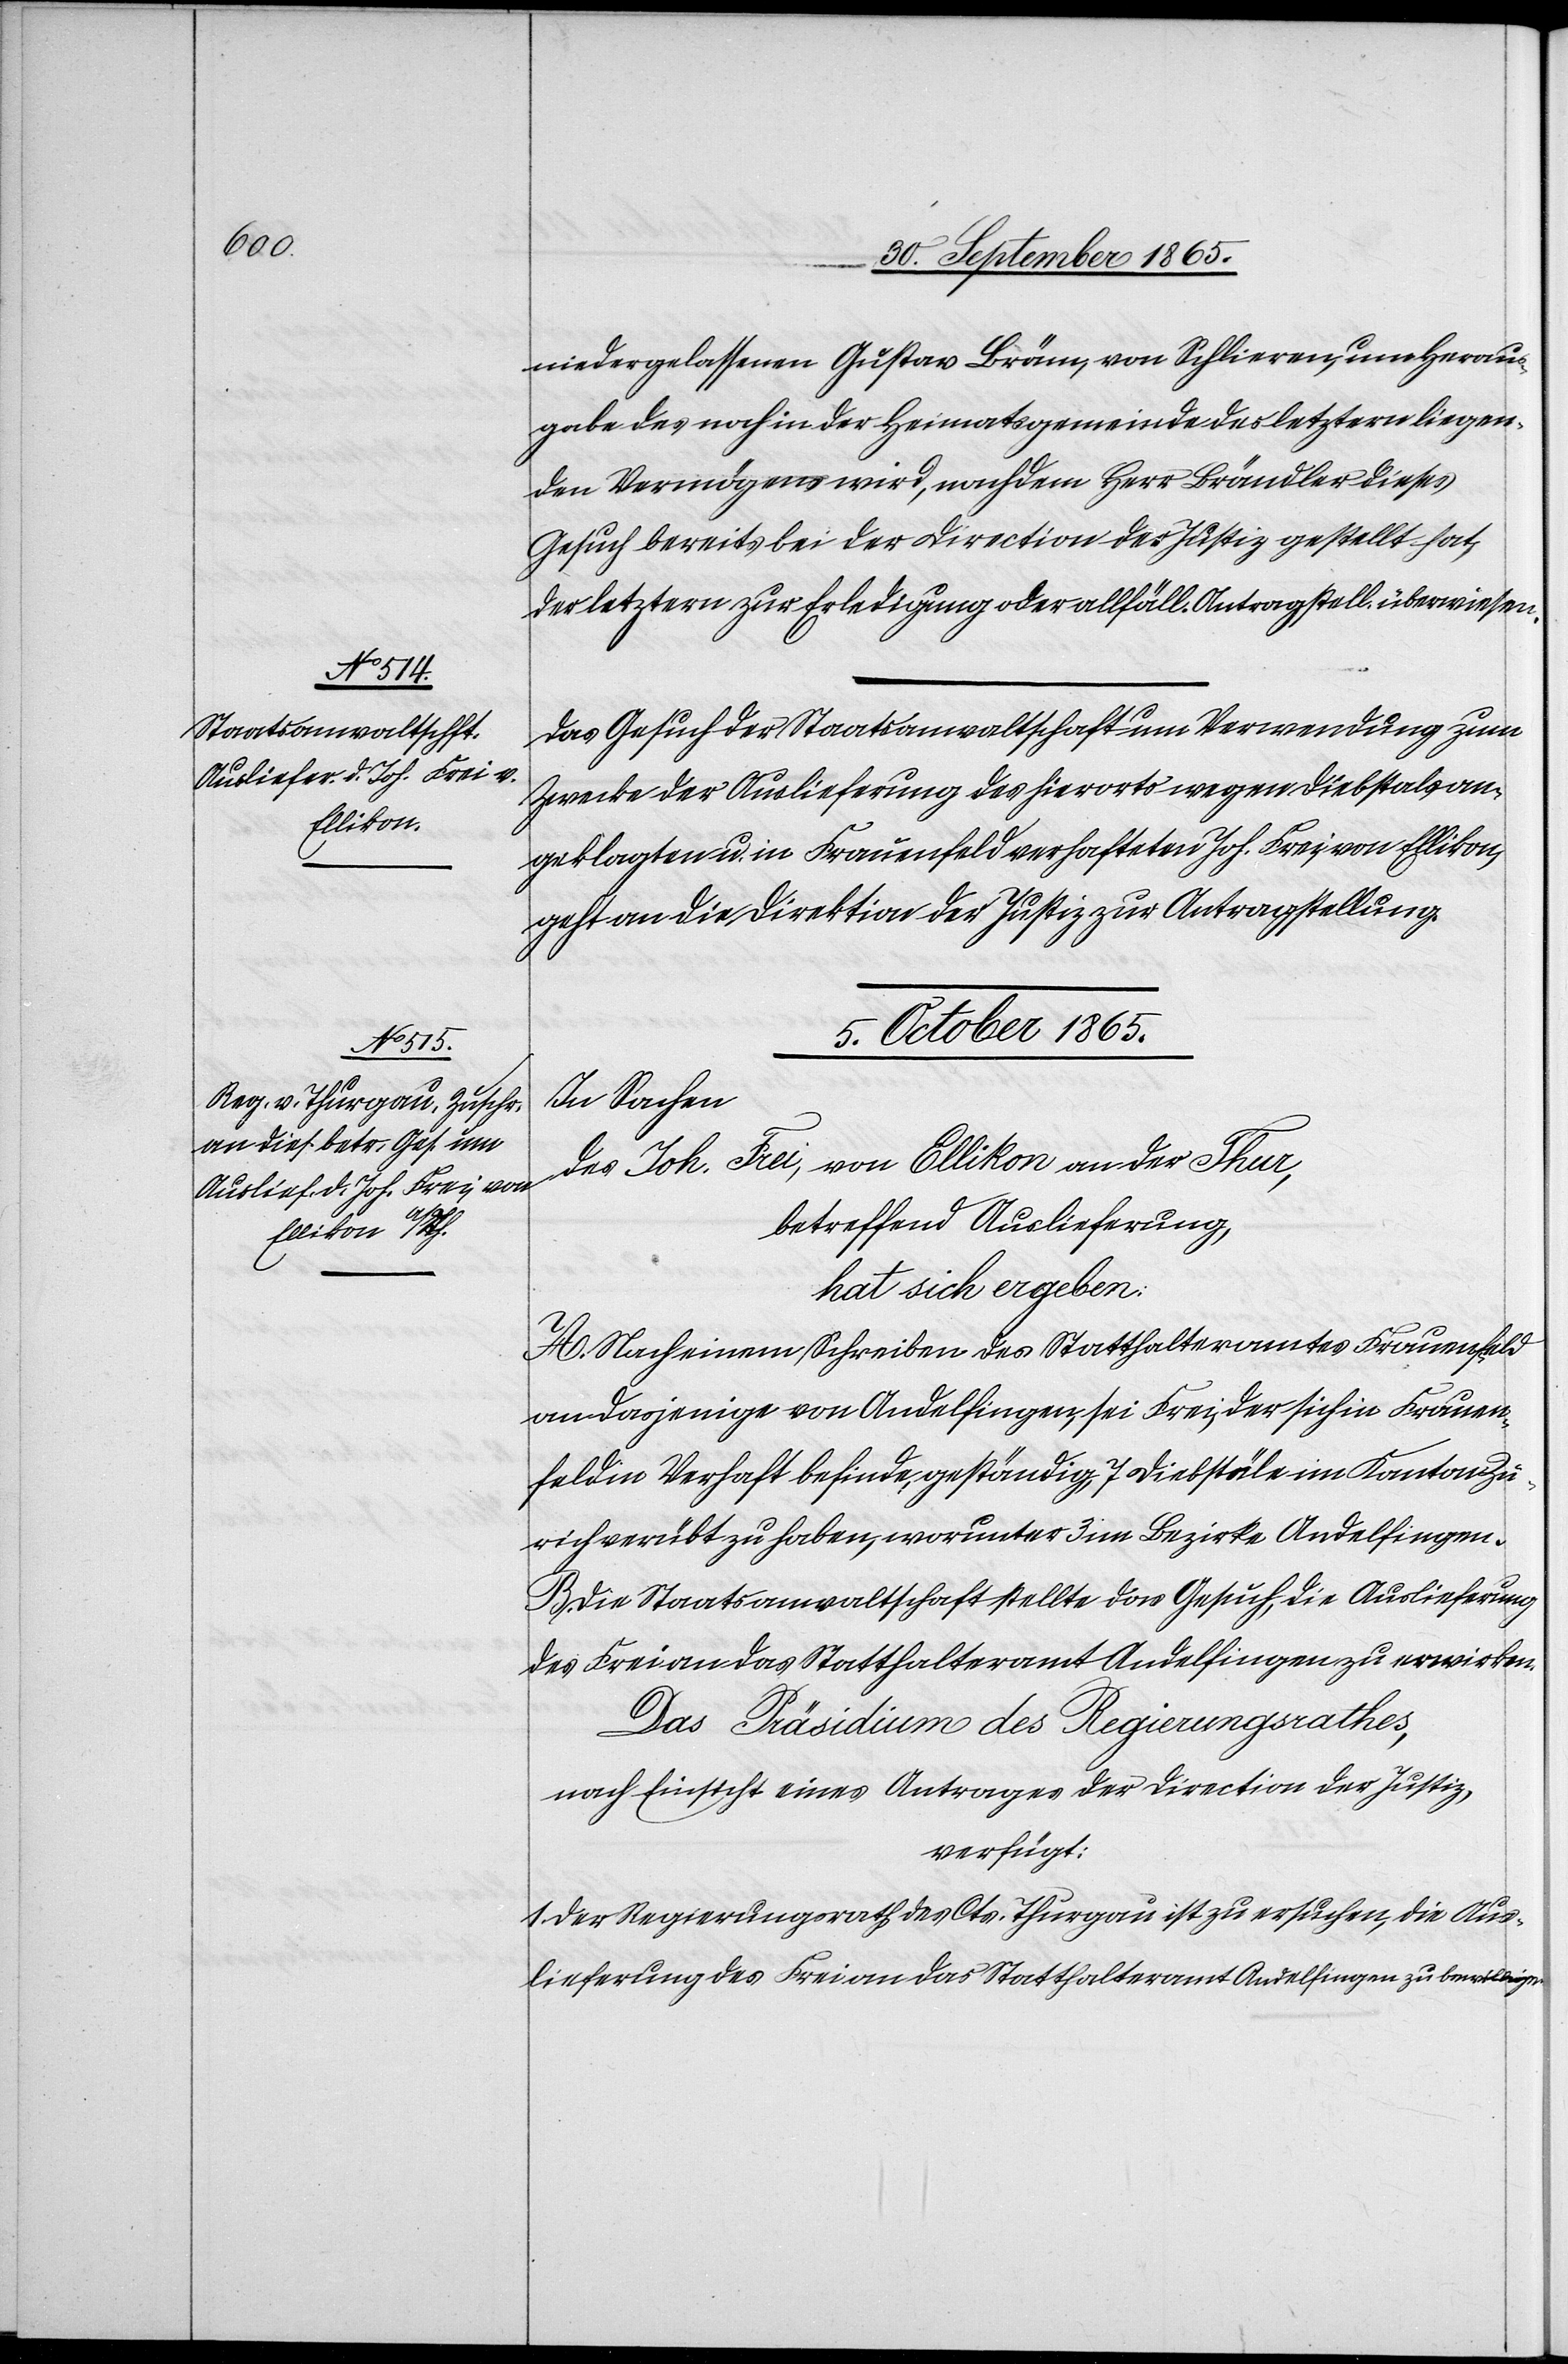
niedergelassenen [sic!] Gustav Bräm, von Schlieren, um Heraus¬
gabe des noch in der Heimatsgemeinde des letztern liegen¬
den Vermögens wird, nachdem Herr Brändler dieses
Gesuch bereits bei der Direciton der Justiz gestellt hat,
der letztern zur Erledigung oder allfäll. Antragstell. überwiesen.
Das Gesuch der Staatsanwaltschaft um Verwendung zum
Zwecke der Auslieferung des hierorts wegen Diebstals an¬
geklagten u. in Frauenfeld verhafteten Joh. Frei, von Ellikon,
geht an die Direktion der Justiz zur Antragstellung.
5. October 1865.
In Sachen
des Joh. Frei, von Ellikon an der Thur,
betreffend Auslieferung,
hat sich ergeben:
A. Nach einem Schreiben des Statthalteramtes Frauenfeld
an dasjenige von Andelfingen, sei Frei, der sich in Frauen¬
feld in Verhaft befinde, geständig, 7 Diebstäle im Kanton Zü¬
rich verübt zu haben, worunter 3 im Bezirke Andelfingen.
B. Die Staatsanwaltschaft stellte das Gesuch, die Auslieferung
des Frei an das Statthalteramt Andelfingen zu erwirken.
Das Präsidium des Regierungsrathes,
nach Einsicht eines Antrages der Direction der Justiz,
verfügt:
1. Der Regierungsrath des Cts. Thurgau ist zu ersuchen, die Aus¬
lieferung des Frei an das Statthalteramt Andelfingen zu bewilligen.